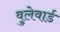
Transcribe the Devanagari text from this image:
वुलेवार्ड